Annual administration report of the Civil Veterinary Department of India - 1896-1897
Year: 1896
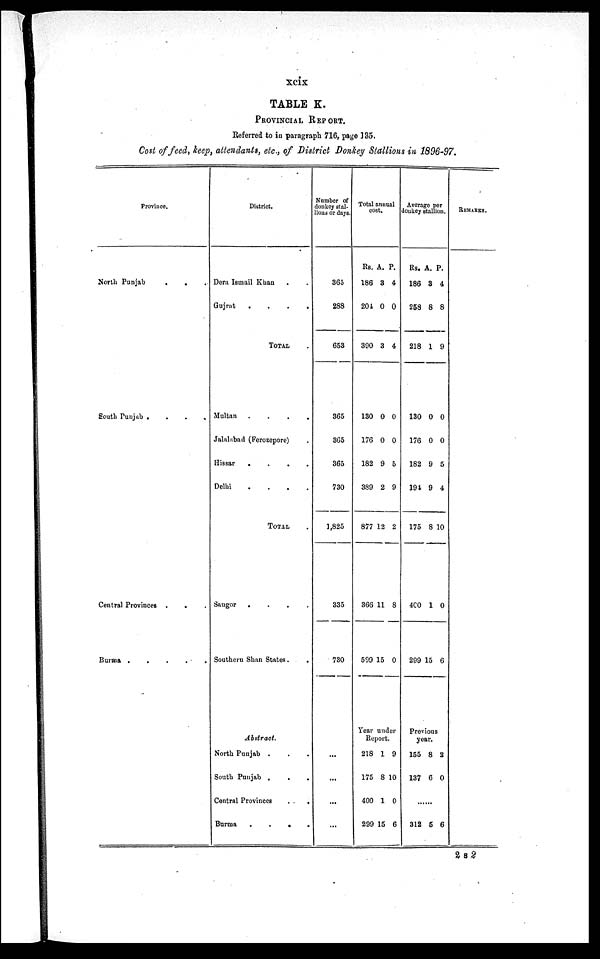
xcix
TABLE K.
PROVINCIAL REPORT.
Referred to in paragraph 716, page 135.
Cost of feed, keep, attendants, etc., of District Donkey Stallions in 1896-97.
Province.
North Punjab
. . .
South Punjab .
.
.
.
Central Provinces .
. . .
Burma .
.
.
.
.
District.
Dera Ismail Khan . .
Gujrat
.
.
.
.
TOTAL .
Multan
.
.
.
.
Jalalabad (Ferozepore) .
Hissar
.
.
.
.
Delhi
.
.
.
.
TOTAL .
Saugor
.
.
.
.
Southern Shan States .
.
Abstract.
North Punjab . . .
South Punjab . . .
Central Provinces . .
Burma
.
.
.
.
Number of
donkey stal-
lions or days.
365
288
653
365
365
365
730
1,825
335
730
...
...
...
...
Total annual
cost.
Rs. A. P.
186 3 4
204 0 0
300 3 4
130 0 0
176 0 0
182 9 5
389 2 9
877 12 2
366 11 8
599 15 0
Year under
Report.
218 1 9
175 8 10
400 1 0
299 15 6
Average per
donkey stallion.
Rs. A. P.
186 3 4
258 8 8
218 1 9
130 0 0
176 0 0
182 9 5
194 9 4
175 8 10
400 1 0
299 15 6
Previous
year.
155 8 2
137 6 0
......
312 5 6
REMARKS.
2 s 2